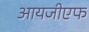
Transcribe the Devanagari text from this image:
आयजीएफ